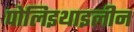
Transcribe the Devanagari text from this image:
पोलिइथाइलीन